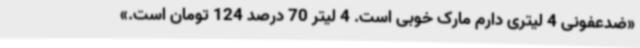
«ضدعفونی 4 لیتری دارم مارک خوبی است. 4 لیتر 70 درصد 124 تومان است.»